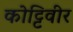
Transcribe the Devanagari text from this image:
कोट्टिवीर